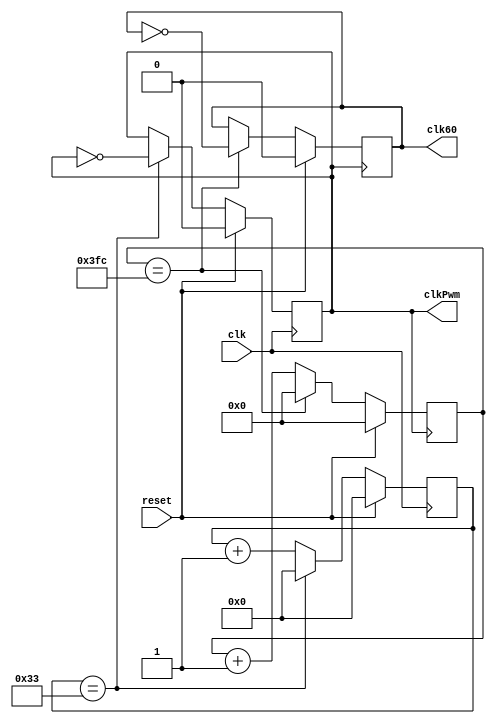
/*
 * Copyright (c) 2024 Aron Dennen 
 * SPDX-License-Identifier: Apache-2.0
 */

// Inputs a 12.5 MHz signal and outputs a 122400 Hz (480Hz * 255 Pwm periods/clock) and 60 Hz clock signal
// Outputs toggle at twice the output frequency to maintin N rising edges per second

module clock_divider (
  // Inputs
  input wire clk,
  input wire reset,
  
  // Outputs
  output wire clkPwm,
  output wire clk60
);

  reg [5:0] count; // 6-bit counter for 12.5 MHz -> 122,400 Hz signal (51 counts per transition)
  reg [9:0] count2; // 10-bit counter for 122,400 Hz -> 60 Hz signal (1020 counts per transition)

  reg outPwm;
  reg out60;

  assign clkPwm = outPwm;
  assign clk60 = out60;

  always @(posedge clk) begin
    if (reset) begin
      count <= 0;
      outPwm <= 0;
    end
    else begin
      count <= count + 1;
      if (count == 51) begin
        // reset the main counter
        count <= 0; 
        outPwm <= ~outPwm;
      end
    end
  end

  always @(posedge outPwm) begin
    if (reset) begin
      count2 <= 0;
      out60 <= 0;
    end
    else begin
      count2 <= count2 + 1;

      if (count2 == 1020) begin
        count2 <= 0; 
        out60 <= ~out60;
      end
    end
  end

endmodule